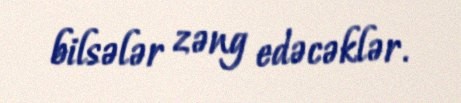
bilsələr zəng edəcəklər.